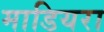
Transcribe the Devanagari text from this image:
माडियरा